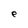
Character: e